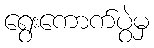
ရွေးကောက်ပွဲမှ